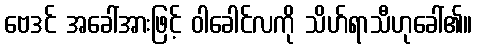
ဗေဒင် အခေါ်အားဖြင့် ဝါခေါင်လကို သိဟ်ရာသီဟုခေါ်၏။